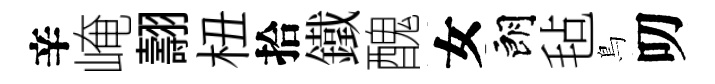
辛崦翿杻拾鐵醜女朗毡鳥叨